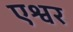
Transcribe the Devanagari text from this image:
एश्वर